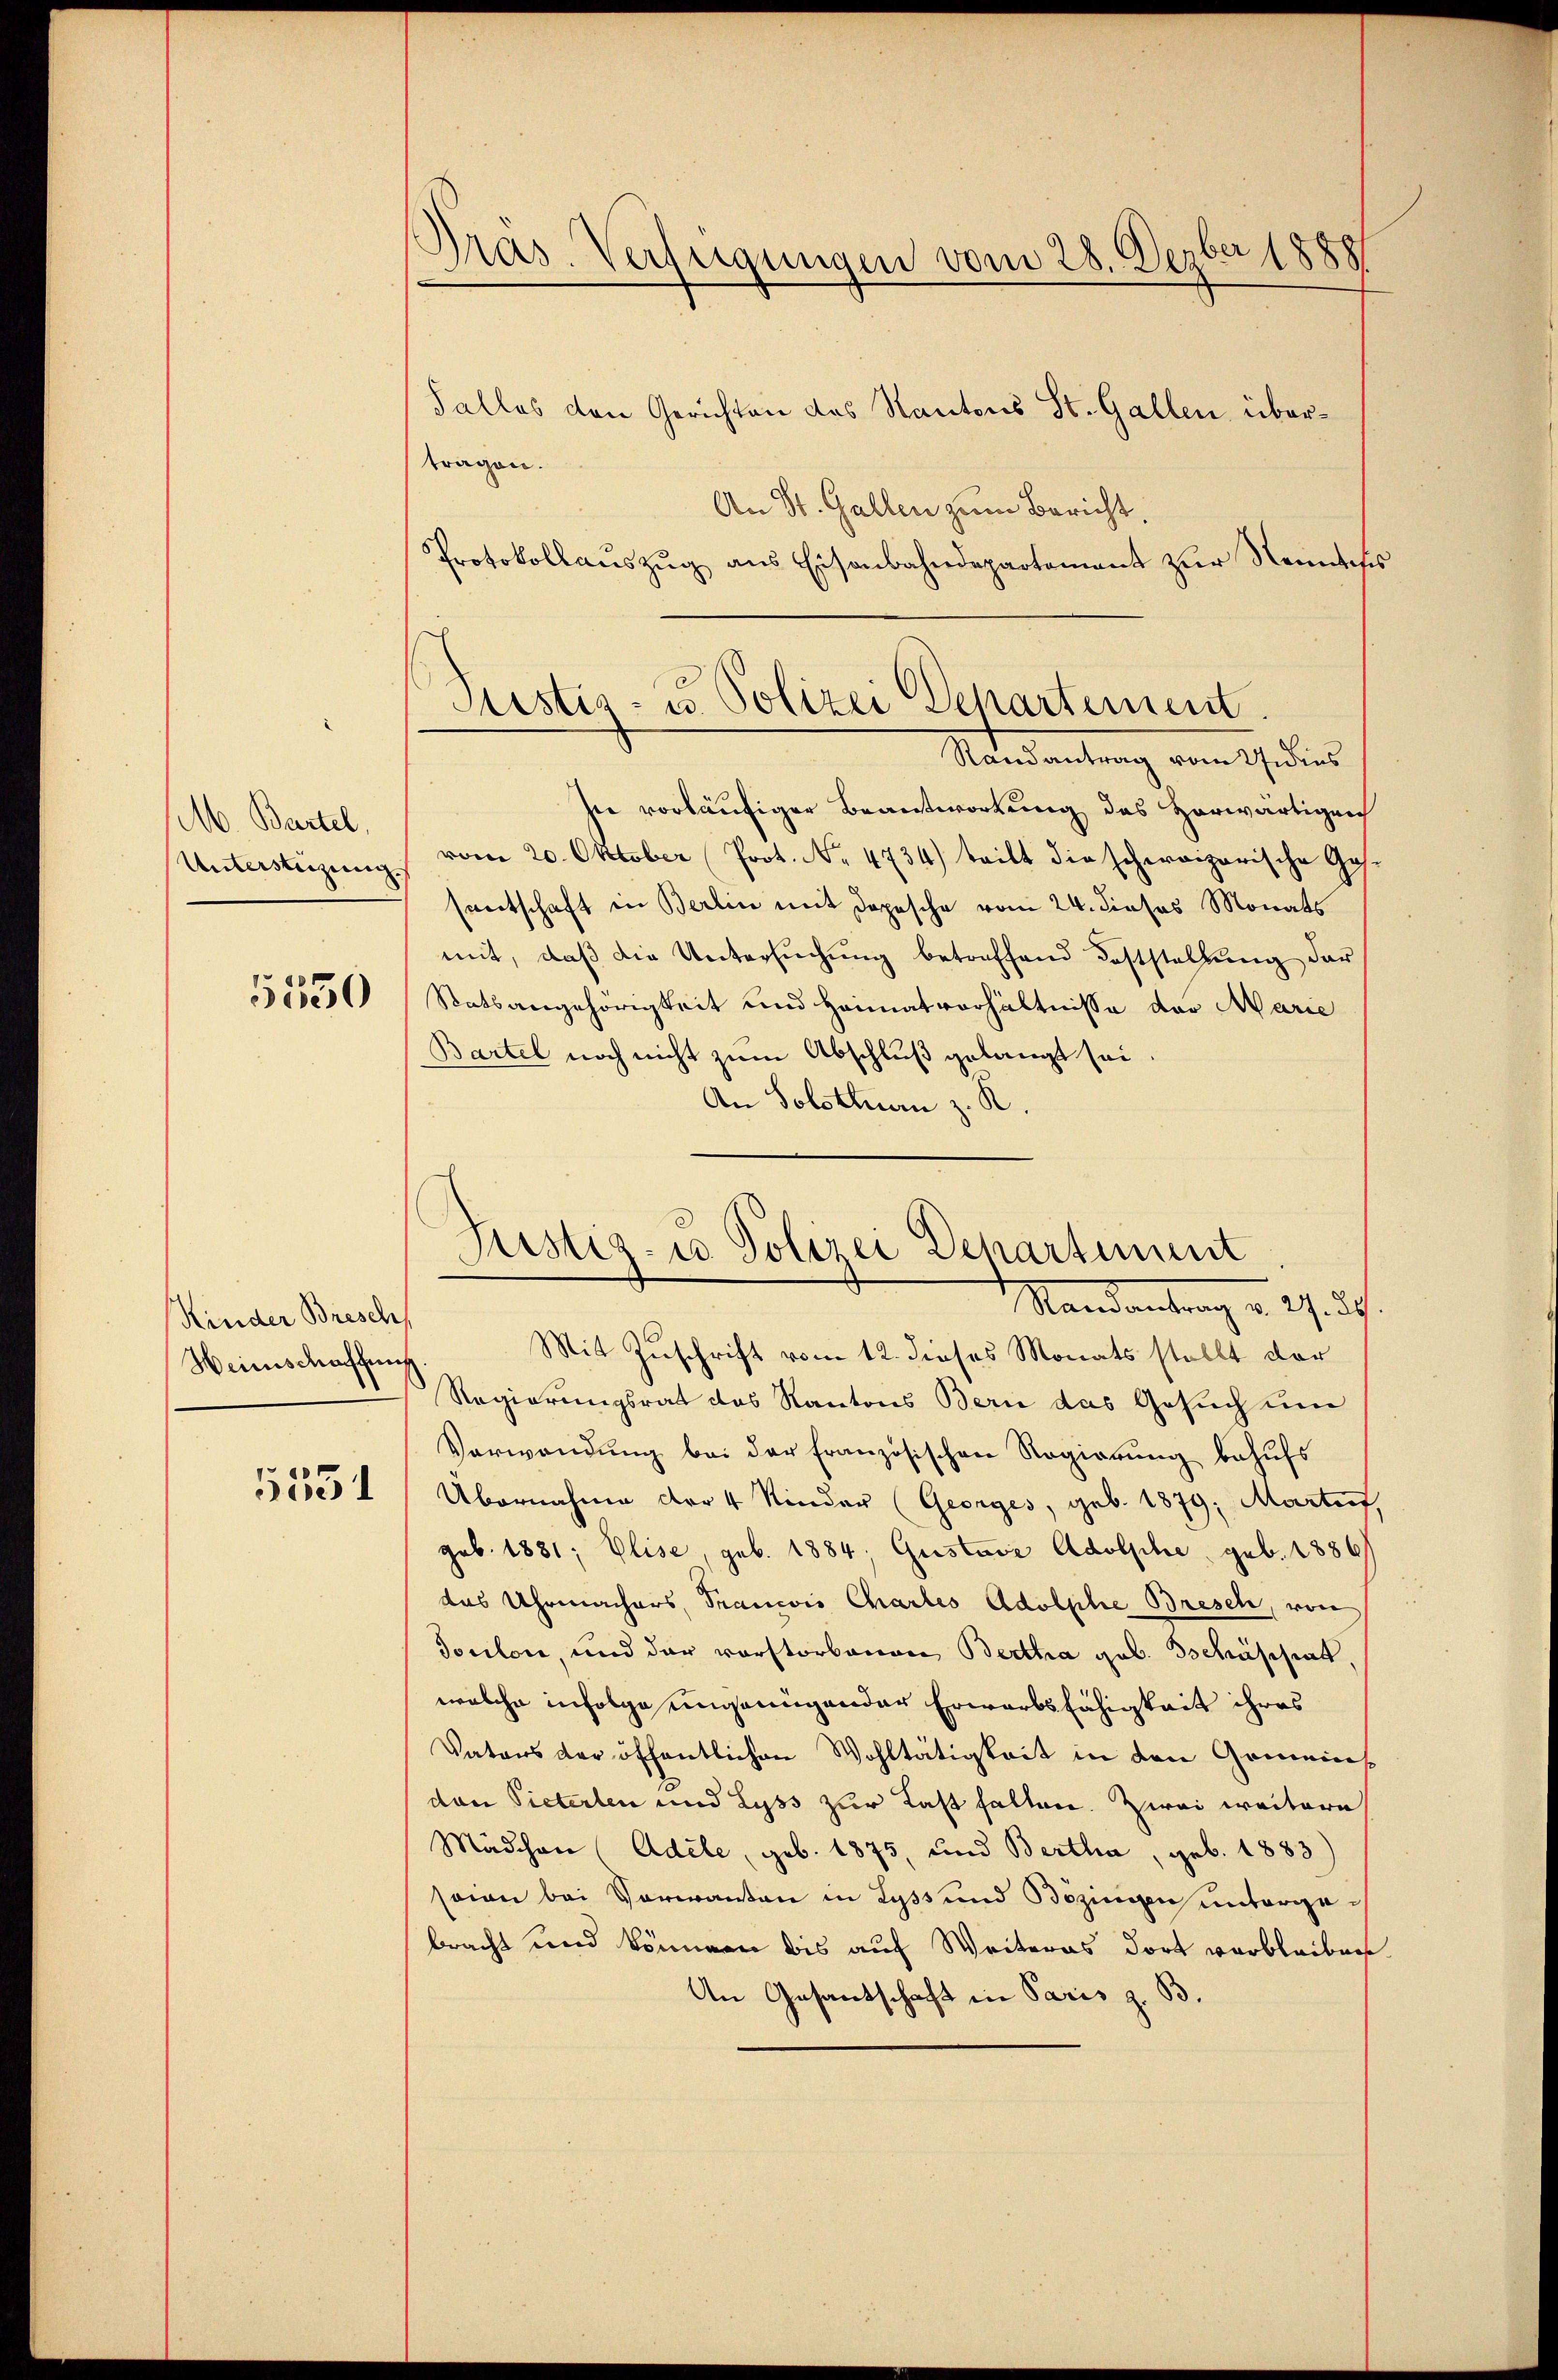
M. Bartel,
Unterstrizung

5550

Kinder Bresch
Heimschaffens

5551

Pras. Verfügungen vom 28. Dezber 1888

Talles den Gerichten des Kantons St. Gallen übertragen.
An St. Gallen zum Bericht,
Protokollaŭszŭg ans Eisenbahndepartement zŭr Nonness
sie vorläufiger Beantwortung des Horwärtigen
vom 20. Oktober Prot. Nr. 4734) tritt die schweizerische Gas
santschaft in Berlin mit Depesche vom 24. dieses Monats
mit, daβ die Untersŭchŭng betreffend Feststellung der
Statsangehörigkeit und Heimatverhältnisse der Marie
Bartel noch nicht zum Abschluß gelangt sei.
An Solothurn z. R.
Mit Zuschrift vom 12. dieses Monats stellt der
Regierungsrat des Kantons Bern das Gesuch um
Verwendŭng bei der französischen Regierung behufs
Übernahme der 4 Kinder (Georges, geb. 1879; Martief
geb. 1881; Elise, geb. 1884, Gustav Adolphe, geb. 1886
das Uhrmachers, Francois Chartes Adolphe Bresch, von
Toulon, und der vorstorbenen Bertha geb. Tschäsisiat,
welche infolge ungenügender Erwarbsfähigkeit ihres
Vatons der öffentlichen Wohltätigkeit in den Gemeinsdan Pieterten und Lyss zur Last fallen. Zwei weitere
Mädchen (Adele, geb. 1875, und Bertha, geb. 1883
sain bei Vorwanden in Lyss und Bezingen untergebracht und können bis auf Weiteras dort verbleiben
An Gesantschaft in Paris z. B.

Sistis- u. Polizei Departement
Randantrag vom Gedins

Justiz- u Polizei Departement
Mandantrag u. 27. 39